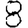
Digit: 8